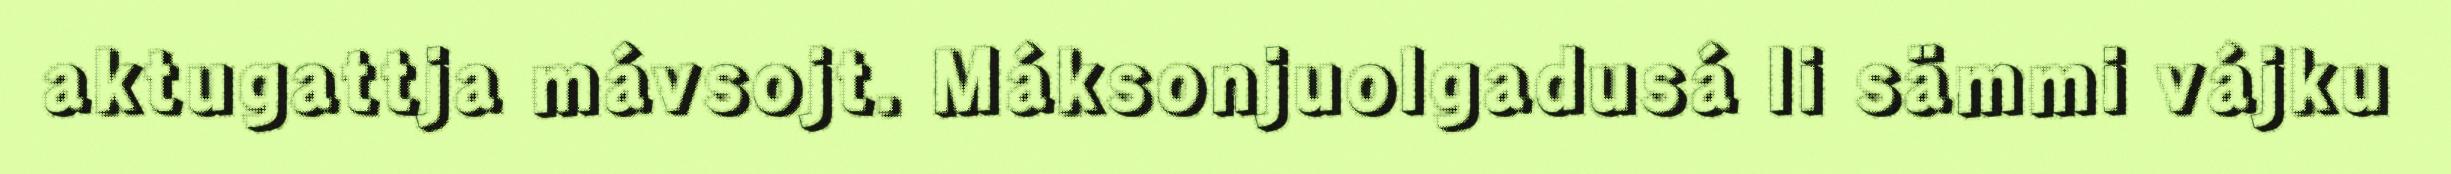
aktugattja mávsojt. Máksonjuolgadusá li sämmi vájku